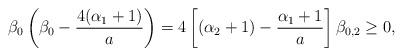
LaTeX: \begin{align*}\beta_0\left(\beta_0-\frac{4(\alpha_{1}+1)}{a}\right)=4\left[(\alpha_{2}+1)-\frac{\alpha_{1}+1}{a}\right]\beta_{0,2}\geq 0,\end{align*}